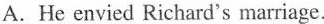
A. He envied Rithard's marriage.